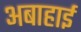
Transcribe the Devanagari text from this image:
अबाहाई